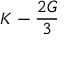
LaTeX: K - { \frac { 2 G } { 3 } }